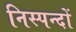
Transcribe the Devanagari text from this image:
निस्पन्दों